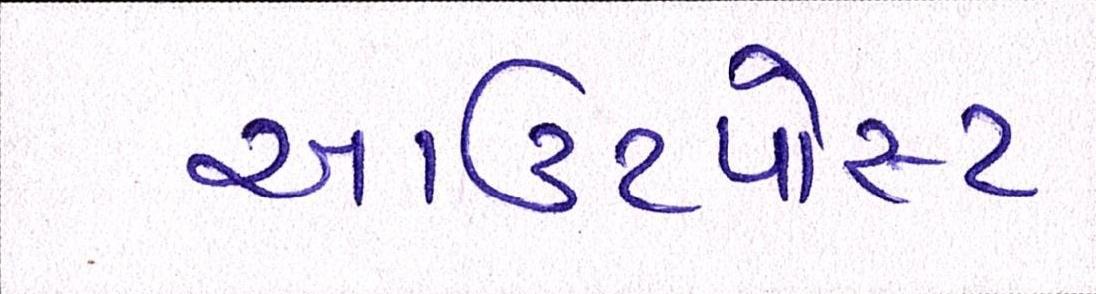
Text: આઉટપોસ્ટ